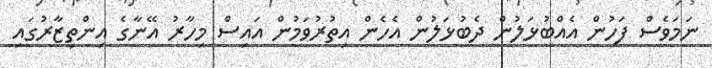
ނަމަވެސް ފަހުން އެއްބުޅަލުން ދެބުޅަލުން އެހެން އިތުރުވަމުން އައިސް މިހާރު އޭނާގެ އިންތިޒާރުގައި